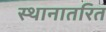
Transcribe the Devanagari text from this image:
स्थानातरित